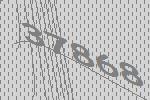
37868